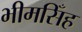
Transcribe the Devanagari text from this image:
भीमसिँह